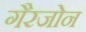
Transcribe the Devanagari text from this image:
गैरजोन